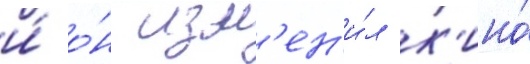
и́ о́н изм'ен'и́л к'ино́